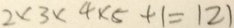
2 \times 3 \times 4 \times 5 + 1 = 1 2 1